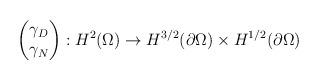
LaTeX: \begin{align*} \begin{pmatrix} \gamma_D \\ \gamma_N\end{pmatrix}:H^2(\Omega)\rightarrow H^{3/2}(\partial\Omega)\times H^{1/2}(\partial\Omega)\end{align*}